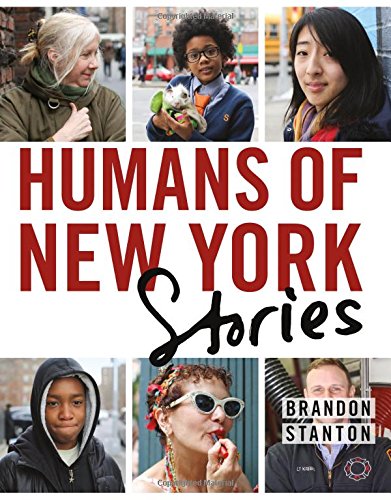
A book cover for Humans of New York: Stories; Brandon Stanton; Arts & Photography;